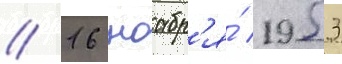
// 16 ноабр'я́ 1953